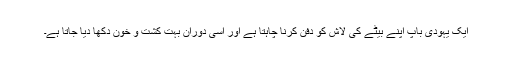
ایک یہودی باپ اپنے بیٹے کی لاش کو دفن کرنا چاہتا ہے اور اسی دوران بہت کشت و خون دکھا دیا جاتا ہے۔